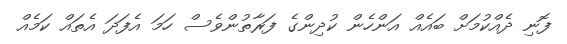
ފޮނި ދެއްކުމަށް ބައެއް އަންހެން ކުދިންގެ ފަރާތުންވެސް ހަމަ އެފަދަ އެތައް ކަމެއް